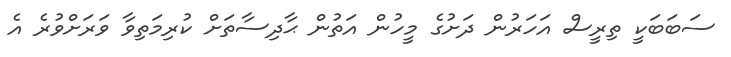
ސަބަބަކީ ތިރީސް އަހަރުން ދަށުގެ މީހުން އަތުން ޙާދިސާތަށް ކުރިމަތިވާ ވަރަށްވުރެ އެ